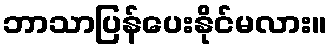
ဘာသာပြန်ပေးနိုင်မလား။